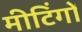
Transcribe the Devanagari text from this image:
मीटिंगों